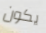
يكون